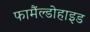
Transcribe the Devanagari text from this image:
फामैंल्डोहाइड